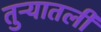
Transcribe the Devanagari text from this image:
तुऱ्यातली